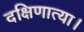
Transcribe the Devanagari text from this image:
दक्षिणात्या।